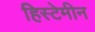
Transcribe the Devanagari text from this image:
हिस्टेमीन